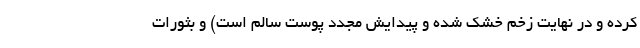
کرده و در نهایت زخم خشک شده و پیدایش مجدد پوست سالم است) و بثورات